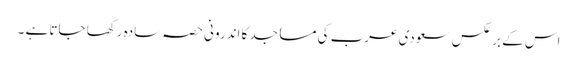
اس کے برعکس سعودی عرب کی مساجد کا اندرونی حصہ سادہ رکھا جاتا ہے ۔